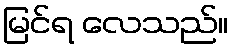
မြင်ရ လေသည်။